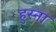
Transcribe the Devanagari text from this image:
हुस्ना